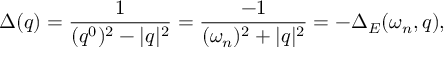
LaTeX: \Delta ( q ) = \frac { 1 } { ( q ^ { 0 } ) ^ { 2 } - | q | ^ { 2 } } = \frac { - 1 } { ( \omega _ { n } ) ^ { 2 } + | q | ^ { 2 } } = - \Delta _ { E } ( \omega _ { n } , q ) ,